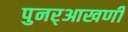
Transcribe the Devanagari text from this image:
पुनर्‌आखणी